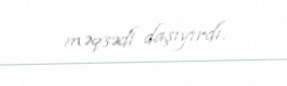
məqsədi daşıyırdı.